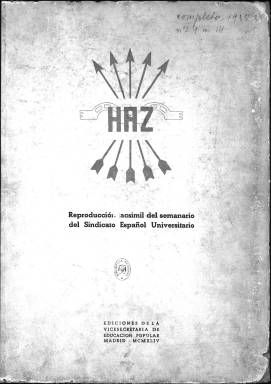
Título: Haz (Madrid)
Colección: Fascismo || Educación
Ámbito geográfico: Madrid
Lugar de publicación: Madrid
Fechas: 26/03/1935-14/02/1936

Reproducción de la edición facsímil de 1944

---

Semanario del Sindicato Español Universitario (SEU) ligado a Falange, salió a la calle casi simultáneamente con el periódico Arriba, también falangista, en marzo de 1935. Desde que el partido fuera fundado en 1933 en el Teatro de la Comedia de Madrid, Falange había tenido entre los estudiantes de la Universidad a sus primeros y más ardorosos militantes. El semanario venía así a darles voz para recoger sus preocupaciones en el ámbito universitario, además de servirles de cauce político.

 “No queremos en nuestras filas ni afeminados ni cobardes. Somos jóvenes nacionales y revolucionarios”. Frases como ésta dan una idea del áspero lenguaje empleado en la redacción del semanario, que reflejaba como un espejo la tensión y el crispado ambiente que se vivía en España un año antes del inicio de la Guerra Civil.

Con paginación variada, 8, 12 y hasta 16 páginas, el periódico contaba con secciones dedicadas al cine, la literatura y el deporte, además de la información dedicada a los problemas universitarios y la estrictamente doctrinaria y política. La publicación digitalizada por la BNE es un facsímil de 1944 de la primera etapa del semanario, que concluyó el 14 de febrero de 1936, dos días antes de las elecciones que dieron el triunfo al Frente Popular.

   En la última página de su primer número, y con el título Por la España inmortal, la publicación incluía las fotografías de cuatro jóvenes ligados a Falange asesinados, entre ellos el estudiante Matías Montero, quien formaba parte del triunvirato fundador del SEU junto a Manuel Valdés y Alejandro Salazar.

   En un número especial publicado el 12 de octubre de 1935, Día de la Hispanidad, ampliamente ilustrado, lo que no era corriente en la publicación, se incluye un artículo de José Antonio Primo de Rivera titulado Acerca de la revolución y una doble página con el título Nuestros muertos y la fotografía de todos los ‘caídos’ hasta ese momento, un total de 22 personas. Falange respondió a la violencia con la violencia, lo que contribuyó a crear el clima que desembocaría en la Guerra Civil.

  Figuraba en primer lugar el estudiante Matías Montero, asesinado el 9 de febrero de 1934 en la calle Álvarez Mendizábal, de Madrid, y considerado el primer mártir de Falange. Todavía en pleno siglo XXI, y pese a que el atentado tuvo lugar antes de la guerra, un grupo de falangistas se reúne ese día frente al portal donde cayó muerto en señal de homenaje.

   De esta primera etapa de Haz, cabe destacar también el artículo que Primo de Rivera dedicó al Ortega y Gasset, publicado en la portada del número correspondiente al 5 de diciembre de 1935, con motivo de las bodas de plata del filósofo con  la Universidad.

  Haz reanudó su publicación en 1938 en Bilbao y al terminar la guerra se editó en Madrid para acabar desapareciendo finalmente en 1955.

[Descripción publicada el 31/10/2019]